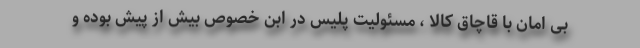
بی امان با قاچاق کالا ، مسئولیت پلیس در ابن خصوص بیش از پیش بوده و